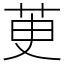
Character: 茰